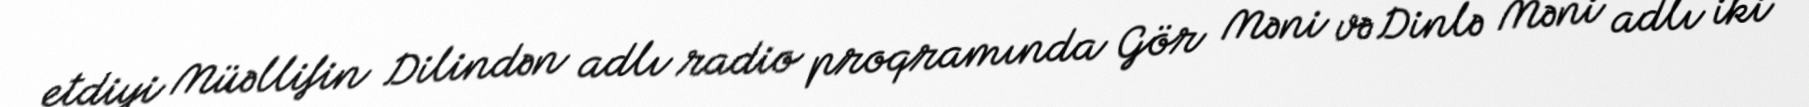
etdiyi Müəllifin Dilindən adlı radio proqramında Gör Məni və Dinlə Məni adlı iki